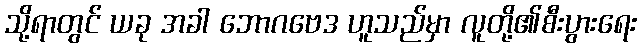
သို့ရာတွင် ယခု အခါ ဘောဂဗေဒ ဟူသည်မှာ လူတို့၏စီးပွားရေး